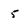
Character: 5